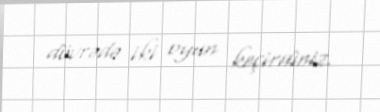
dövrədə iki oyun keçirdiniz.